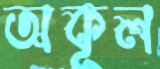
অকূল